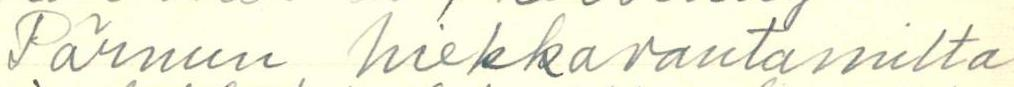
Pärnun hiekkarantamilta